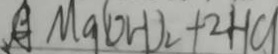
A M g ( O H ) _ { 2 } + 2 H C